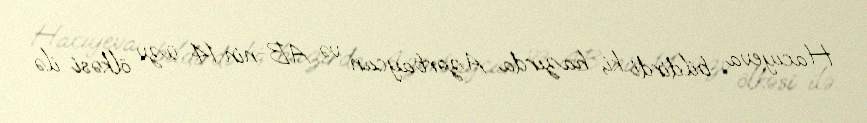
Hacıyeva bildirdi ki, hazırda Azərbaycan və AB-nin 14 üzv ölkəsi ilə